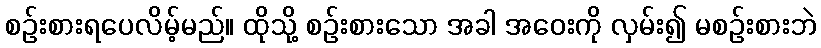
စဉ်းစားရပေလိမ့်မည်။ ထိုသို့ စဉ်းစားသော အခါ အဝေးကို လှမ်း၍ မစဉ်းစားဘဲ